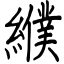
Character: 纀